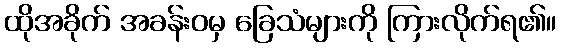
ထိုအခိုက် အခန်းဝမှ ခြေသံများကို ကြားလိုက်ရ၏။